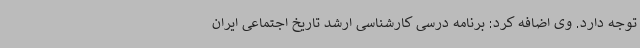
توجه دارد. وی اضافه کرد: برنامه درسی کارشناسی ارشد تاریخ اجتماعی ایران